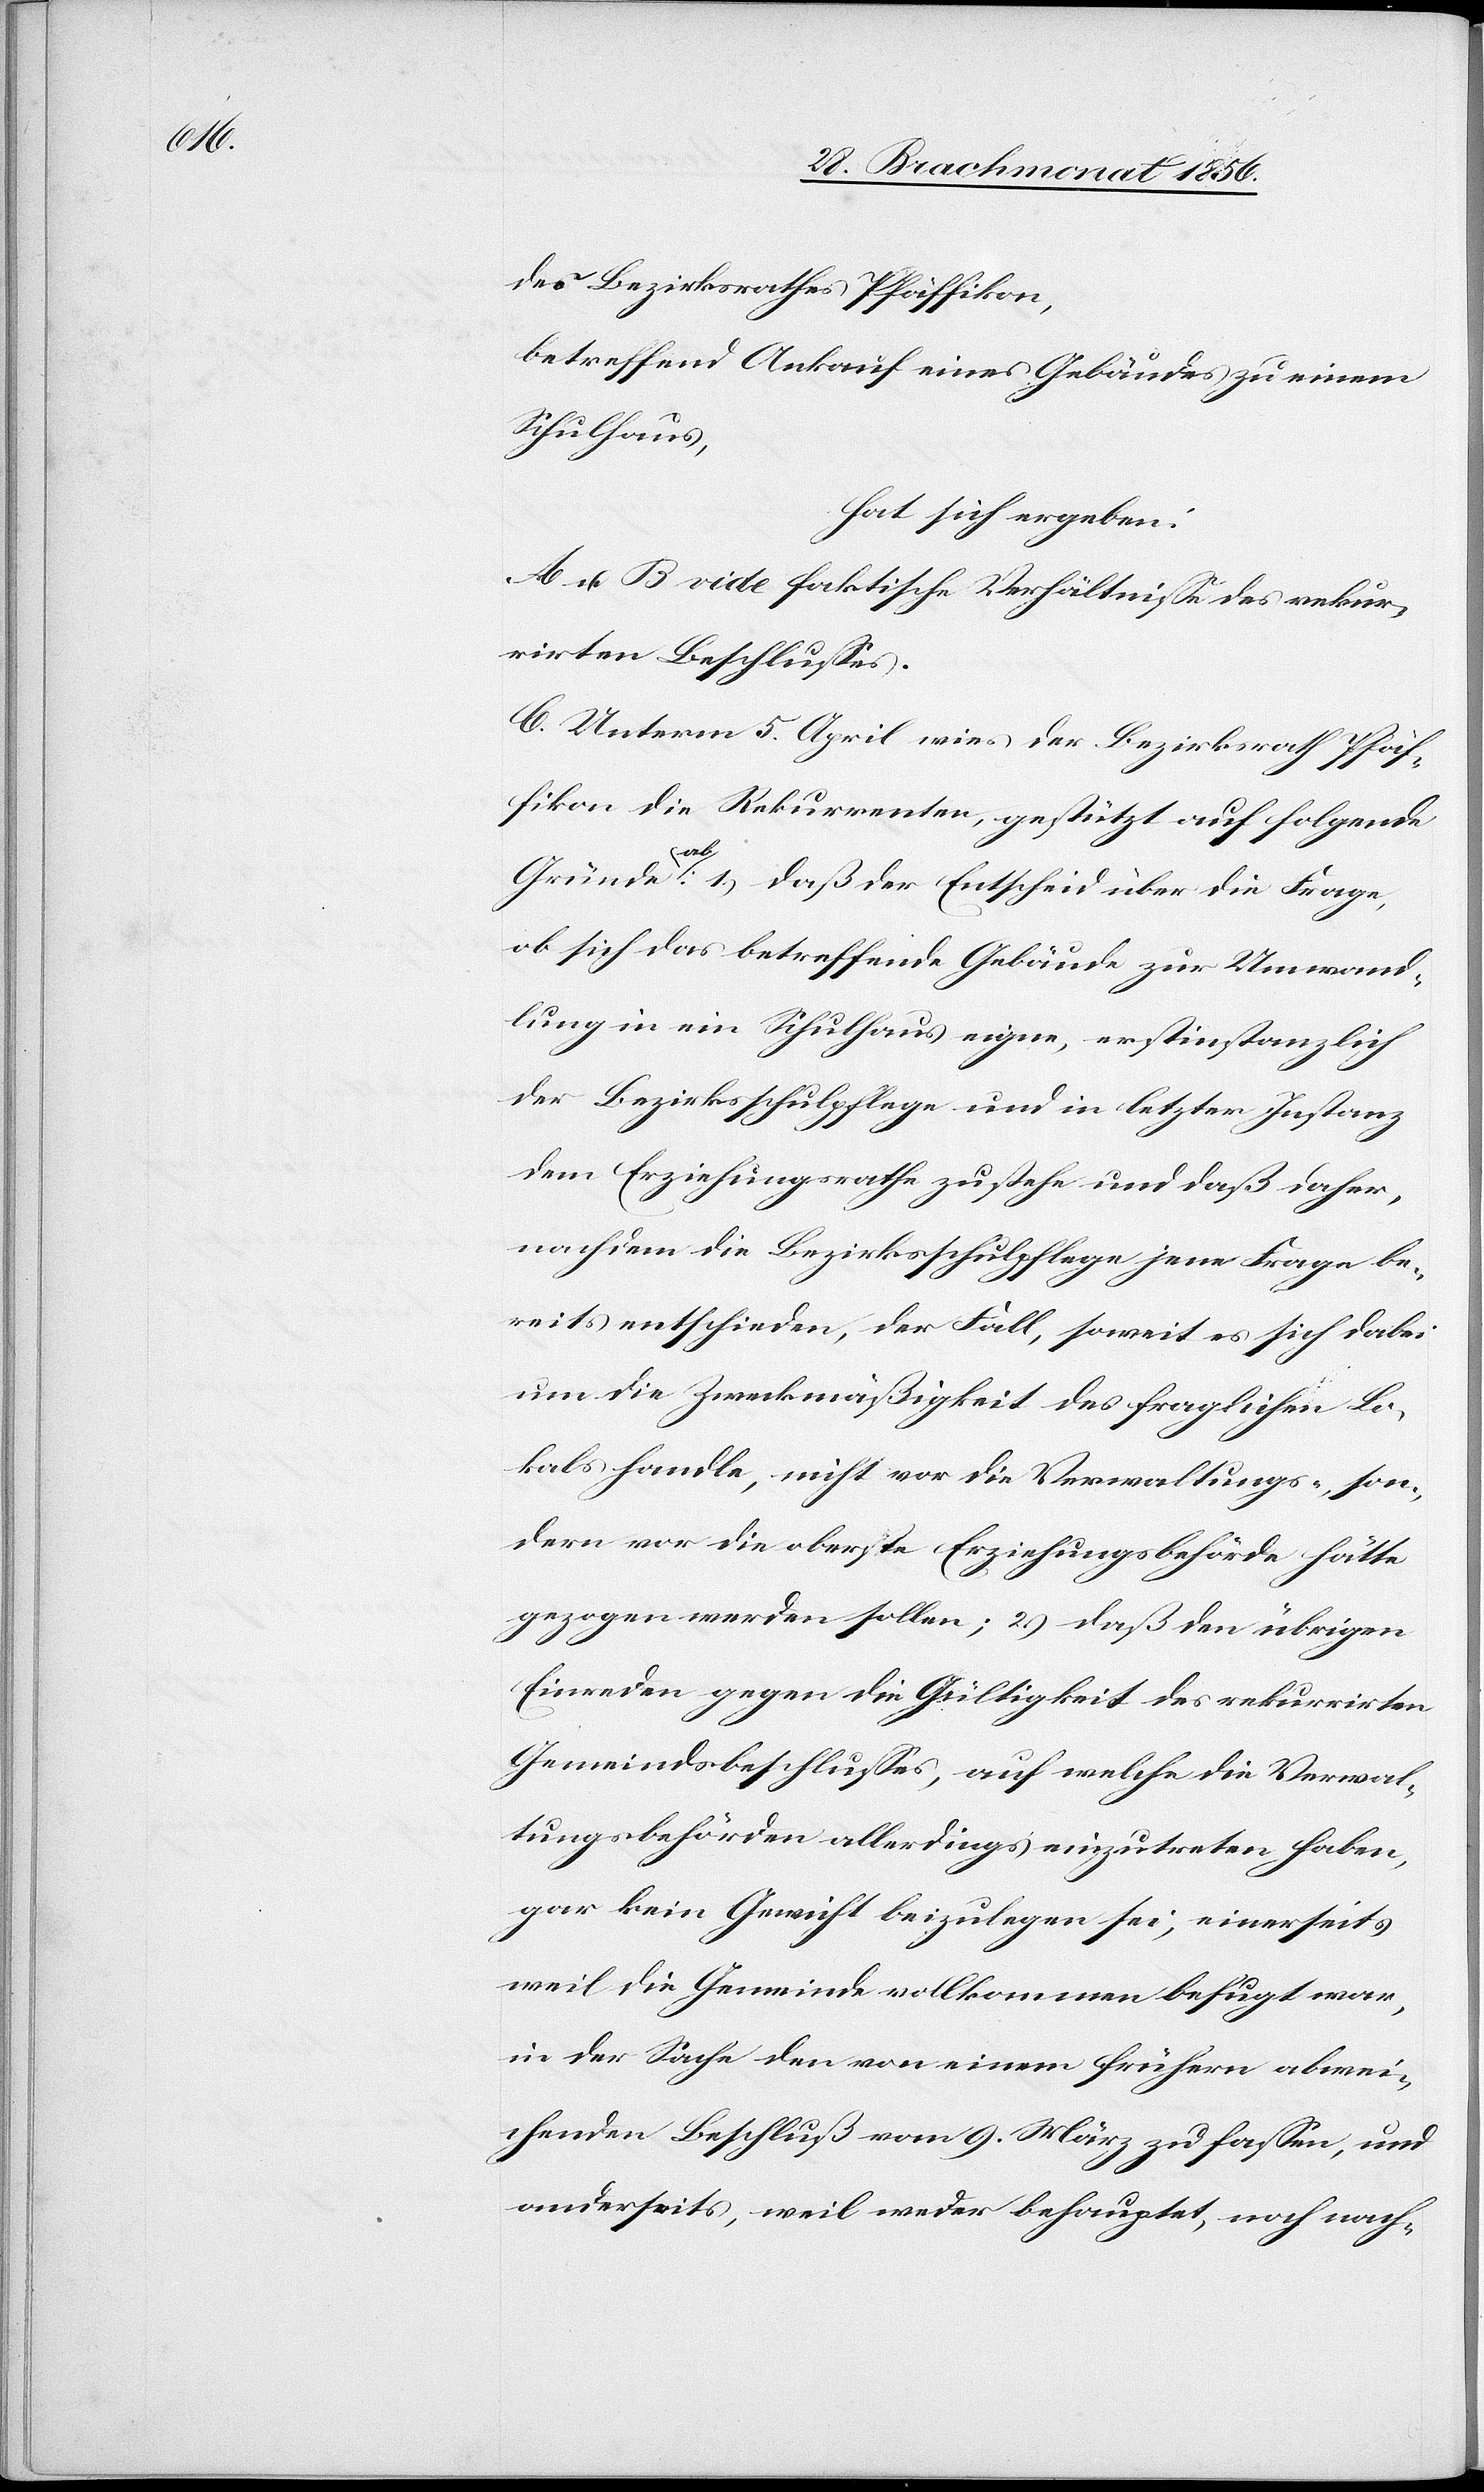
des Bezirksrathes Pfäffikon,
betreffend Ankauf eines Gebäudes zu einem
Schulhaus,
hat sich ergeben:
A[.] u B[.] vide faktische Verhältnisse des rekur¬
rirten Beschlusses.
C. Unterm 5. April wies der Bezirksrath Pfäf¬
fikon die Rekurrenten, gestützt auf folgende
Gründe a-ab-a: 1.) daß der Entscheid über die Frage,
ob sich das betreffende Gebäude zur Umwand¬
lung in ein Schulhaus eigne, erstinstanzlich
der Bezirksschulpflege und in letzter Instanz
dem Erziehungsrathe zustehe und daß daher,
nachdem die Bezirksschulpflege jene Frage be¬
reits entschieden, der Fall, soweit es sich dabei
um die Zweckmäßigkeit des fraglichen Lo¬
kals handle, nicht vor die Verwaltungs-, son¬
dern vor die oberste Erziehungsbehörde hätte
gezogen werden sollen; 2.) daß den übrigen
Einreden gegen die Gültigkeit des rekurrirten
Gemeindsbeschlusses, auf welche die Verwal¬
tungsbehörden allerdings einzutreten haben,
gar kein Gewicht beizulegen sei, einerseits
weil die Gemeinde vollkommen befugt war,
in der Sache den von einem frühern abwei¬
chenden Beschluß vom 9. März zu fassen, und
anderseits, weil weder behauptet, noch nach-